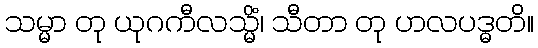
သမ္မာ တု ယုဂကီလသ္မိံ၊ သီတာ တု ဟလပဒ္ဓတိ။